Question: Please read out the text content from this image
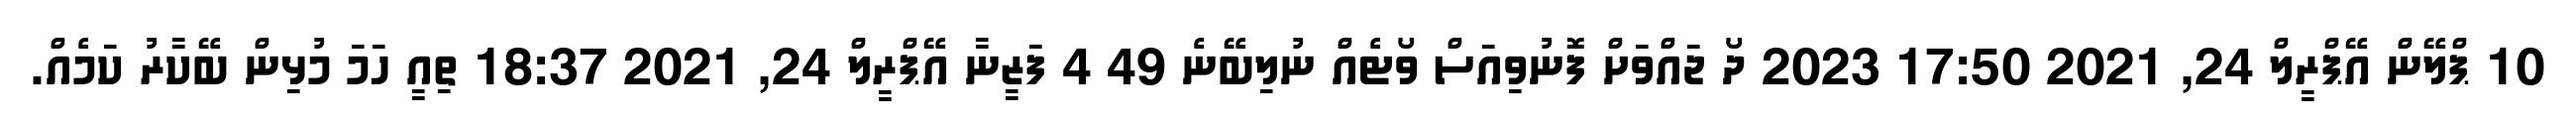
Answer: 10 ޕްލޭން އޭޕްރީލް 24, 2021 17:50 2023 ދޯ ޖައްވަށް ފޮނުވިއަސް ވޯޓެއް ނުލިބޭނެ 49 4 ފަޒީނާ އޭޕްރީލް 24, 2021 18:37 ތިއީ ހަމަ މުޅިން ބޭކާރު ކަމެއް.